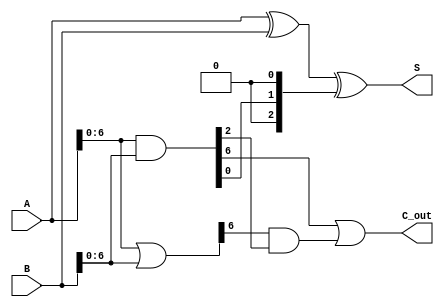
module BrentKungAdder #(parameter N = 8) (
    input [N-1:0] A,    // First input
    input [N-1:0] B,    // Second input
    output [N-1:0] S,   // Sum output
    output C_out        // Carry out
);
    // Generate and Propagate signals
    wire [N-1:0] G; // Generate
    wire [N-1:0] P; // Propagate
    wire [N:0] C;    // Carry signals

    // Generate and Propagate computations
    assign G = A & B;       // G[i] = A[i] & B[i]
    assign P = A | B;       // P[i] = A[i] | B[i]
    
    // Initial carry input
    assign C[0] = 1'b0;     // C[0] = 0

    // Carry computation stages
    genvar i, j;
    generate
        // Level 1
        for (i = 0; i < N; i = i + 1) begin: level1
            if (i < 1) begin
                assign C[i + 1] = G[i] | (P[i] & C[i]);
            end
        end
        
        // Level 2, 4, .., up to log2(N)
        for (j = 1; (1 << j) <= N; j = j + 1) begin: levels
            for (i = 0; i < N; i = i + (1 << (j + 1))) begin: carry_calc
                if (i + (1 << j) < N) begin
                    assign C[i + (1 << (j + 1))] = G[i + (1 << j)] | (P[i + (1 << j)] & C[i]);
                end
            end
        end
    endgenerate

    // Sum calculation
    assign S = A ^ B ^ C[N-1:0]; // S[i] = A[i] ^ B[i] ^ C[i]
    assign C_out = C[N];         // Final carry out

endmodule